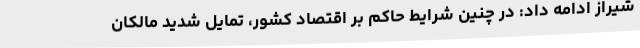
شیراز ادامه داد: در چنین شرایط حاکم بر اقتصاد کشور، تمایل شدید مالکان